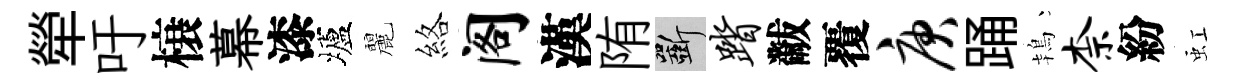
犖吁榱幕漆壚麗絡阁漢陏斫踏黻覆庚踊鴇柰紛虹